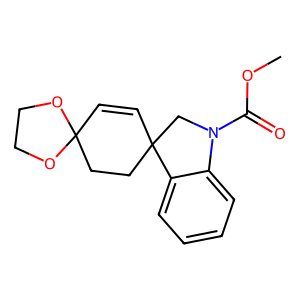
SMILES: COC(=O)N1CC2(C=CC3(CC2)OCCO3)c2ccccc21
Inhibits HIV replication: No